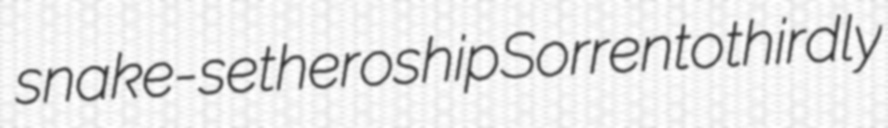
snake-set heroship Sorrento thirdly